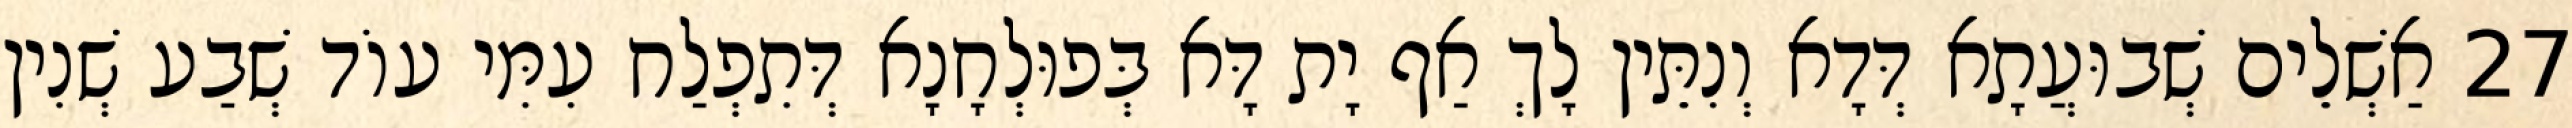
27 אַשְׁלֵים שְׁבוּעֲתָא דְּדָא וְנִתֵּין לָךְ אַף יָת דָּא בְּפוּלְחָנָא דְּתִפְלַח עִמִּי עוֹד שְׁבַע שְׁנִין